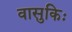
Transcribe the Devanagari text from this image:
वासुकिः